Punjab Mental Hospital Lahore 1932-46 - 1932-1946
Year: 1932
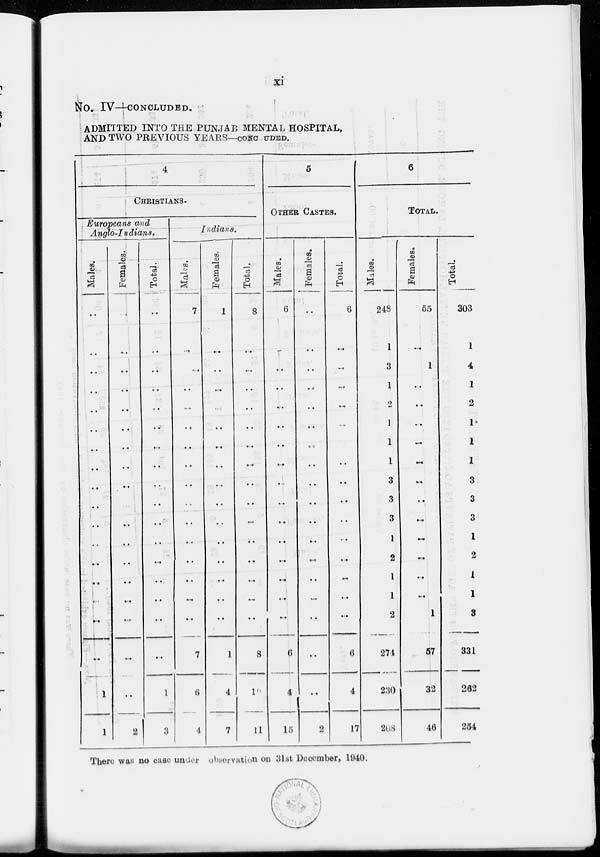
xi
No. IV—CONCLUDED.
ADMITTED INTO THE PUNJAB MENTAL HOSPITAL,
AND TWO PREVIOUS YEARS—CONCLUDED.
4
CHARISTIANS.
Europeans and
Anglo-Indians.
Males.
..
..
..
..
..
..
..
..
..
..
..
..
..
..
..
..
..
1
1
Females.
..
..
..
..
..
..
..
..
..
..
..
..
..
..
..
..
..
..
2
Total.
..
..
..
..
..
..
..
..
..
..
..
..
..
..
..
..
..
1
3
Indians.
Males.
7
..
..
..
..
..
..
..
..
..
..
..
..
..
..
..
7
6
4
Females.
1
..
..
..
..
..
..
..
..
..
..
..
..
..
..
..
1
4
7
Total.
8
..
..
..
..
..
..
..
..
..
..
..
..
..
..
..
8
--
11
5
OTHER CASTES.
Males.
6
..
..
..
..
..
..
..
..
..
..
..
..
..
..
..
6
4
15
Females.
..
..
..
..
..
..
..
..
..
..
..
..
..
..
..
..
..
..
2
Total.
6
..
..
..
..
..
..
..
..
..
..
..
..
..
..
..
6
4
17
6
TOTAL.
Males.
248
1
3
1
2
1
1
1
3
3
3
1
2
1
1
2
274
230
208
Females.
55
..
1
..
..
..
..
..
..
..
..
..
..
..
..
1
57
32
46
Total.
303
1
4
1
2
1
1
1
3
3
3
1
2
1
1
3
331
262
254
There was no case under observation on 31st December, 1940.